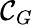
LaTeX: \mathcal{C}_{G}